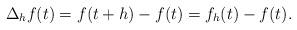
LaTeX: \begin{align*}\Delta_h f(t) = f(t+h) - f(t) = f_h(t) - f(t).\end{align*}